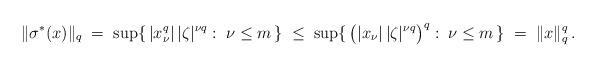
LaTeX: \begin{align*}\|\sigma^\ast(x)\|_q \; =\; \sup\{\,|x_\nu^q|\,|\zeta|^{\nu q}:\;\nu\le m\,\}\;\leq\; \sup\{\,\bigl(|x_\nu|\,|\zeta|^{\nu q}\bigr)^q:\;\nu\le m\,\} \;=\; \|x\|_q^q\,.\end{align*}